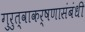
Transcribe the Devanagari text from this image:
गुरुत्वाकर्षणासंबंधी